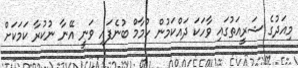
މިއަދުގެ ޝަރީއަތުގައި ވާހަކަ ދައްކަމުން ހުމާމް ބުނެފައި ވަނީ އޭނާ ނުކުރާ ކަމަކަށް